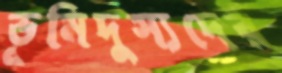
ভূমিদুস্যদের